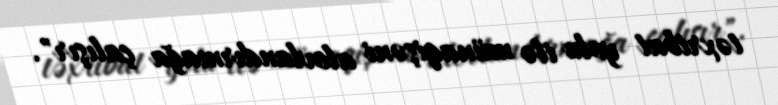
təxribat yolu ilə münaqişəni alovlandırmağa çalışır".